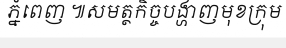
ភ្នំពេញ ៕សមត្ថកិច្ចបង្ហាញមុខក្រុម